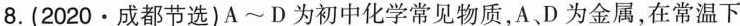
8.(2020·成都节选)A~D为初中化学常见物质，A、D为金属，在常温下w